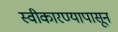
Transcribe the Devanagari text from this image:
स्वीकारण्यापासून